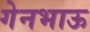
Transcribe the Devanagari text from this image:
गेनभाऊ